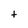
Character: t